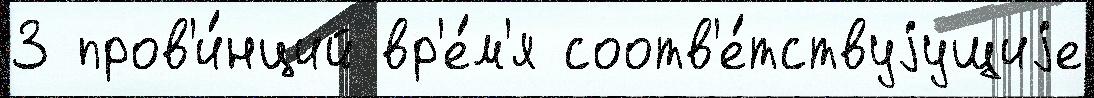
3 пров'и́нций вр'е́м'я соотв'е́тствуjущиjе